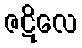
ဇဋိလေ